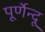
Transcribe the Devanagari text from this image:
पूर्णेन्दू